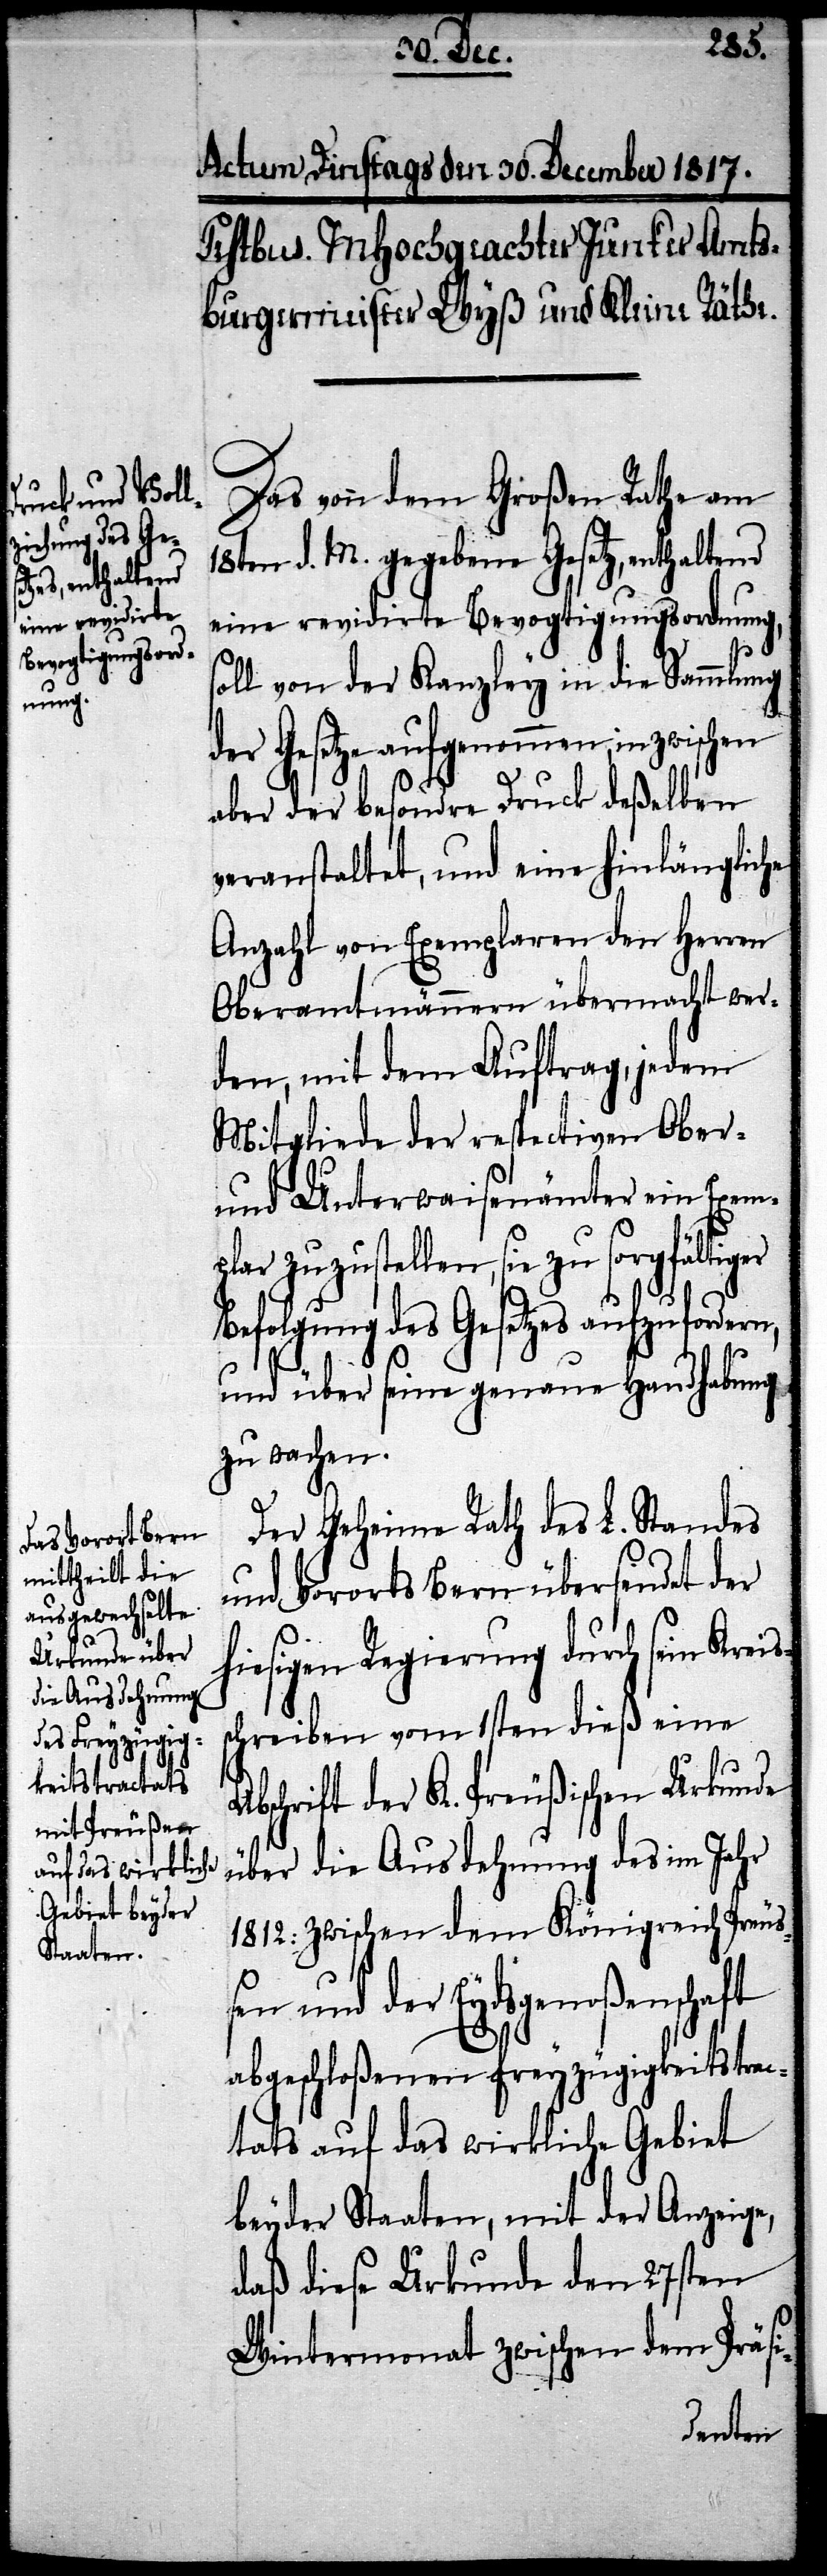
ss¬
Das von dem Großen Rathe am
18ten d. M. gegebene Gesetz, enthaltend
eine revidirte Bevogtigungsordnung,
oll von der Kanzley in die Sammlung
der Gesetze aufgenommen,
aber der besondre Druck deßelben
veranstaltet, und eine hinlängliche
Anzahl von Exemplaren den Herren
Oberamtmännern übermacht wer¬
den, mit dem Auftrag, jedem
Mitgliede der respectiven Ober-
und Unterwaisenämter ein Exempl¬
ar zuzustellen, sie
Befolgung des Gesetzes aufzufordern
und über seine genaue Handhabung
zu wachen.
Der Geheime Rath des L. Standes
und Vororts Bern übersendet der
hiesigen Regierung durch sein Krei¬
chreiben vom 1sten dieß eine
Abschrift der K. Preußischen Urkunde
über die Ausdehnung des im Jahr
1812: zwischen dem Königreich Preu¬
ßen und der Eydsgenoßenschaft
abgeschloßenen Freyzügigkeitstrac¬
tats auf das wirkliche Gebiet
beyder Staaten, mit der Anzeige,
daß diese Urkunde den 27sten
Wintermonat zwischen dem Präsi-